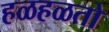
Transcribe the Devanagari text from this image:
हळहळतो